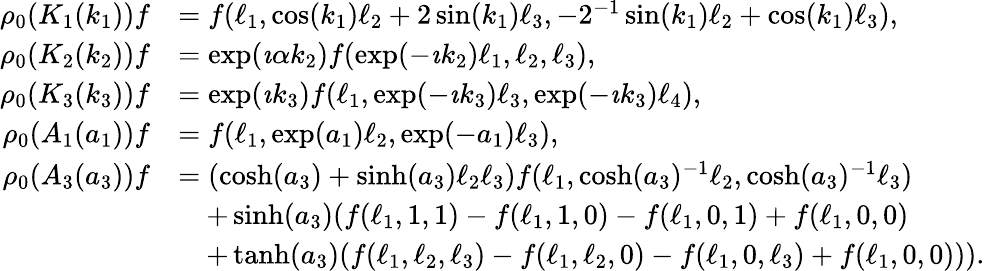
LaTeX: \begin{array}{rl}{\rho_{0}(K_{1}(k_{1}))f}&{=f(\ell_{1},\cos(k_{1})\ell_{2}+2\sin(k_{1})\ell_{3},-2^{-1}\sin(k_{1})\ell_{2}+\cos(k_{1})\ell_{3}),}\\ {\rho_{0}(K_{2}(k_{2}))f}&{=\exp(\imath\alpha k_{2})f(\exp(-\imath k_{2})\ell_{1},\ell_{2},\ell_{3}),}\\ {\rho_{0}(K_{3}(k_{3}))f}&{=\exp(\imath k_{3})f(\ell_{1},\exp(-\imath k_{3})\ell_{3},\exp(-\imath k_{3})\ell_{4}),}\\ {\rho_{0}(A_{1}(a_{1}))f}&{=f(\ell_{1},\exp(a_{1})\ell_{2},\exp(-a_{1})\ell_{3}),}\\ {\rho_{0}(A_{3}(a_{3}))f}&{=(\cosh(a_{3})+\sinh(a_{3})\ell_{2}\ell_{3})f(\ell_{1},\cosh(a_{3})^{-1}\ell_{2},\cosh(a_{3})^{-1}\ell_{3})}\\ &{\quad+\sinh(a_{3})(f(\ell_{1},1,1)-f(\ell_{1},1,0)-f(\ell_{1},0,1)+f(\ell_{1},0,0)}\\ &{\quad+\operatorname{tanh}(a_{3})(f(\ell_{1},\ell_{2},\ell_{3})-f(\ell_{1},\ell_{2},0)-f(\ell_{1},0,\ell_{3})+f(\ell_{1},0,0))).}\end{array}